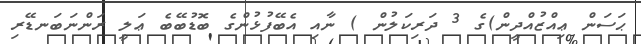
ޙަސަން ޢިއްޒުއްދީން)ގެ 3 ދަރިކަލުން ) ނާއި އެބޭފުޅުންގެ ބޮޑުބޭބެ ޢަލީ ރަންނަބަނޑޭރި